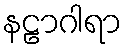
နဠာဂါရာ